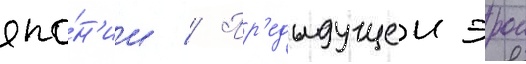
япо́н'ии // Пр'едыдущеи эрои